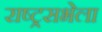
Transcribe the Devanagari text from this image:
राष्ट्रसभेला